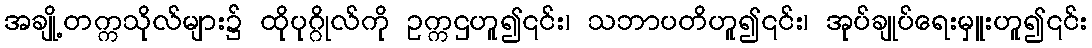
အချို့တက္ကသိုလ်များ၌ ထိုပုဂ္ဂိုလ်ကို ဥက္ကဌဟူ၍၎င်း၊ သဘာပတိဟူ၍၎င်း၊ အုပ်ချုပ်ရေးမှူးဟူ၍၎င်း